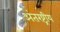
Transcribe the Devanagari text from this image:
अंतरष्ट्रीय